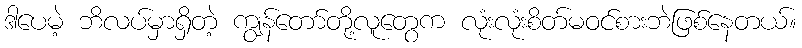
ဒါပေမဲ့ ဘိလပ်မှာရှိတဲ့ ကျွန်တော်တို့လူတွေက လုံးလုံးစိတ်မဝင်စားဘဲဖြစ်နေတယ်။